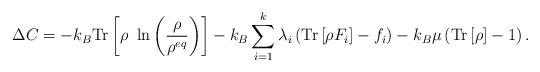
LaTeX: \begin{align*}\Delta C = -k_B\mathrm{Tr}\left[\rho\ \ln\left(\frac{\rho}{\rho^{eq}}\right)\right] -k_B\sum_{i=1}^k\lambda_i\left(\mathrm{Tr}\left[\rho F_i\right]-f_i\right) -k_B\mu\left(\mathrm{Tr}\left[\rho\right] - 1 \right).\end{align*}